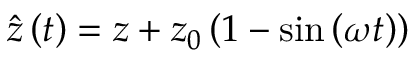
\hat { z } \left( t \right) = z + z _ { 0 } \left( { 1 - \sin \left( { \omega t } \right) } \right)